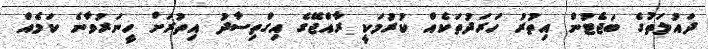
ދައުލަތުގެ ބަޖެޓުން އިތުރު ހަރަދުތަކެއް ކުރުމަކީ ރާއްޖޭގެ އިގްތިސާދު އިތުރަށް ހީނަރުވާނެ ކަމެއް